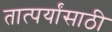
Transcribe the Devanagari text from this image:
तात्पर्यांसाठी